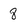
Character: 8